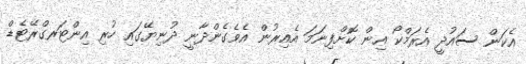
އެކަން ސައުދީ އެރަމްކޯ އިން ކޮށްފިނަމަ އެއިރުން އެވެގެންދާނީ ދުނިޔޭގައި ހުރި އިންޓަރގްރޭޓެޑް